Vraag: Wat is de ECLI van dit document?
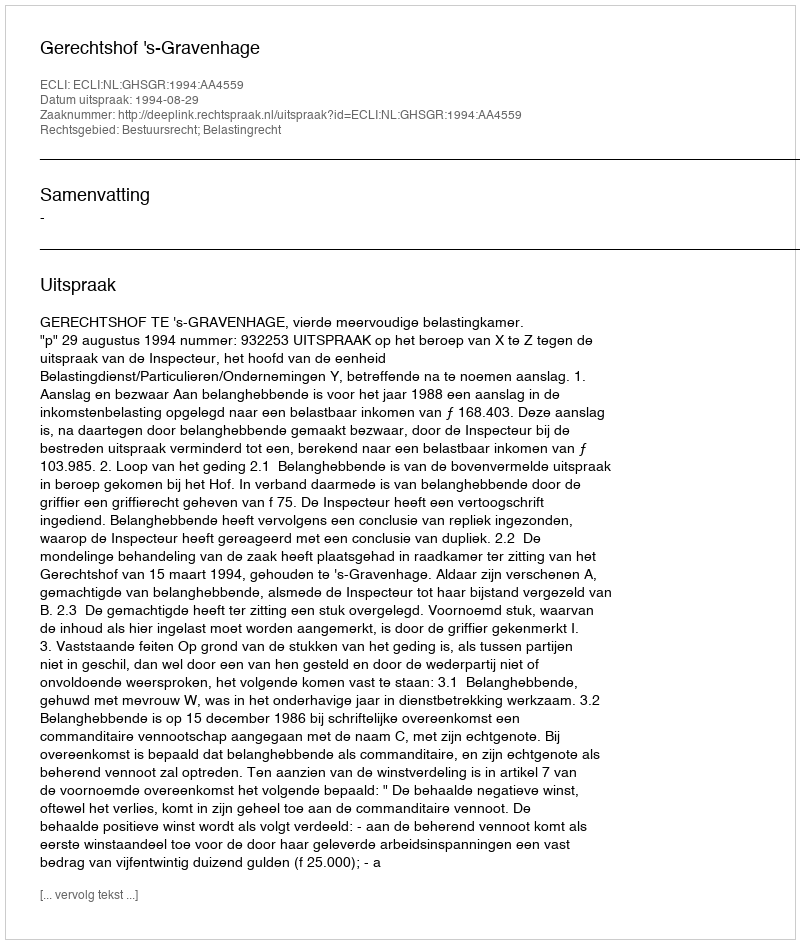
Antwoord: ECLI:NL:GHSGR:1994:AA4559